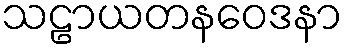
သဠာယတနဝေဒနာ